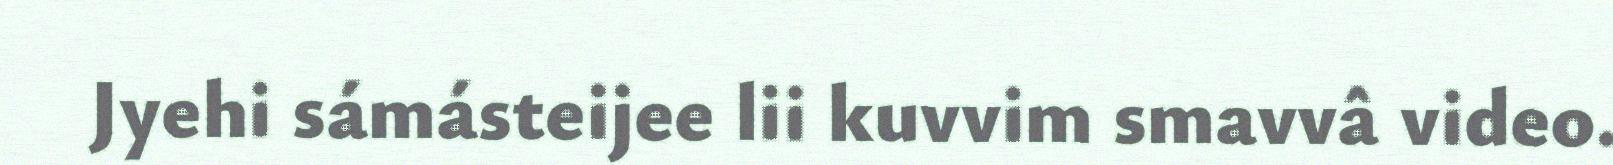
Jyehi sámásteijee lii kuvvim smavvâ video.